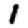
Digit: 1